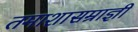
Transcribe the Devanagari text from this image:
तमाशासम्राज्ञी